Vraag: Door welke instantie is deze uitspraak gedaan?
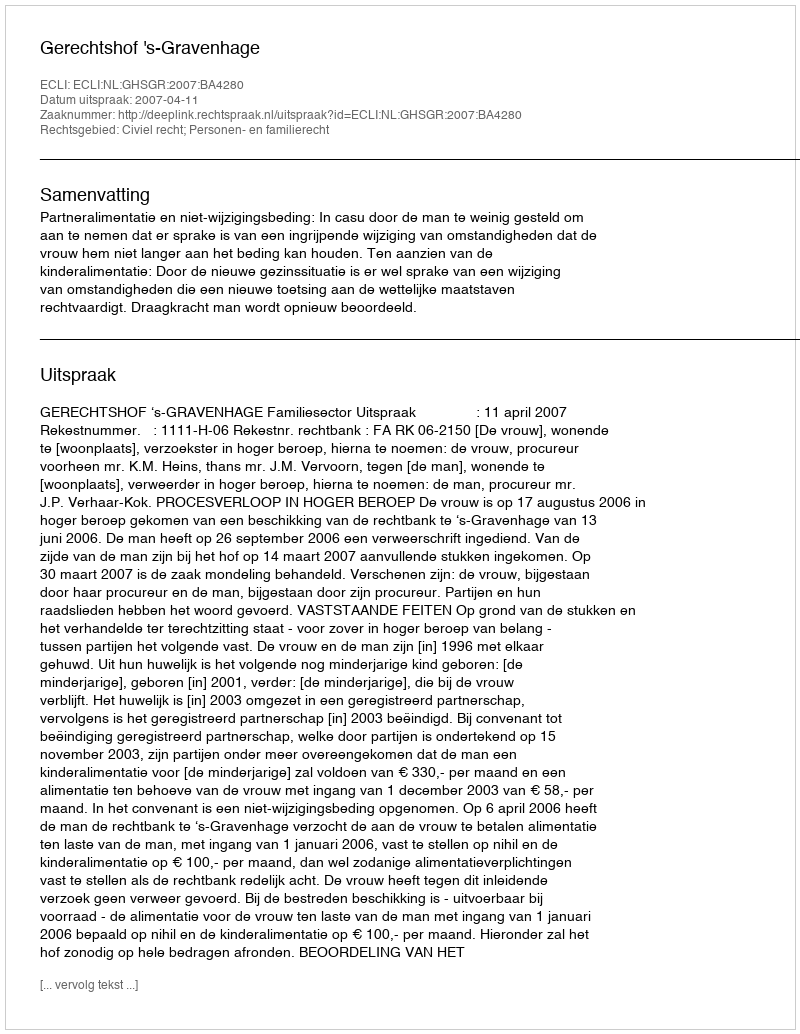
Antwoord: Gerechtshof 's-Gravenhage